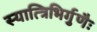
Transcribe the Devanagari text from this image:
स्यात्त्रिभिर्गुणैः